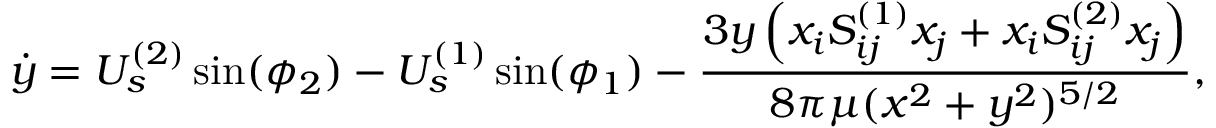
\dot { y } = U _ { s } ^ { ( 2 ) } \sin ( \phi _ { 2 } ) - U _ { s } ^ { ( 1 ) } \sin ( \phi _ { 1 } ) - \frac { 3 y \left( x _ { i } S _ { i j } ^ { ( 1 ) } x _ { j } + x _ { i } S _ { i j } ^ { ( 2 ) } x _ { j } \right) } { 8 \pi \mu ( x ^ { 2 } + y ^ { 2 } ) ^ { 5 / 2 } } ,